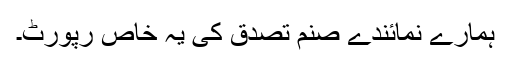
ہمارے نمائندے صنم تصدق کی یہ خاص رپورٹ۔